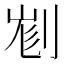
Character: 𠝉